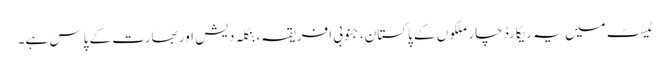
ٹیسٹ میں یہ ریکارڈ چار ملکوں کے پاکستان، جنوبی افریقہ، بنگلہ دیش اور بھارت کے پاس ہے۔